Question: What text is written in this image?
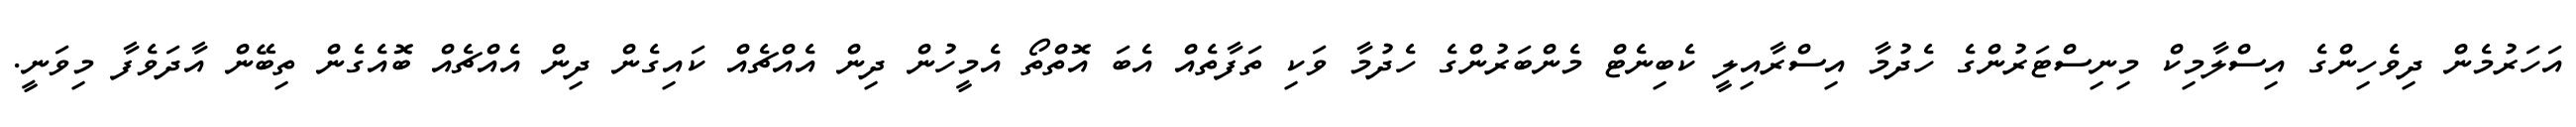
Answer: އަހަރުމެން ދިވެހިންގެ އިސްލާމިކް މިނިސްޓަރުންގެ ހެދުމާ އިސްރާއިލީ ކެބިނެޓް މެންބަރުންގެ ހެދުމާ ވަކި ތަފާތެއް އެބަ އޮތްތޯ އެމީހުން ދިން އެއްޗެއް ކައިގެން ދިން އެއްޗެއް ބޮއެގެން ތިބޭން އާދަވެފާ މިވަނީ.